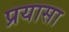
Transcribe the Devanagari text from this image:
प्रयासा